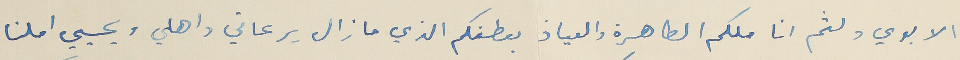
الابوي ولثم اناملكم الطاهرة والعياذ بعطفكم الذي ما زال يرعاني واهلي ويحيي املنا